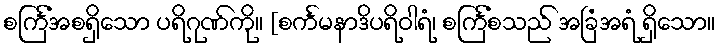
စင်္ကြံအစရှိသော ပရိဂုဏ်ကို။ [စင်္ကမနာဒိပရိဝါရံ၊ စင်္ကြံစသည် အခြံအရံ ရှိသော။